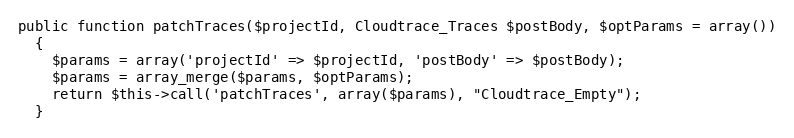
Language: PHP
public function patchTraces($projectId, Cloudtrace_Traces $postBody, $optParams = array())
  {
    $params = array('projectId' => $projectId, 'postBody' => $postBody);
    $params = array_merge($params, $optParams);
    return $this->call('patchTraces', array($params), "Cloudtrace_Empty");
  }